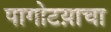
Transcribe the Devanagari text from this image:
पागोटय़ाचा